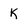
Character: K